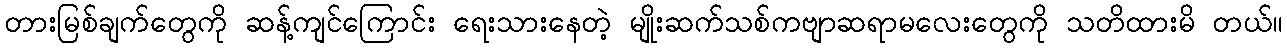
တားမြစ်ချက်တွေကို ဆန့်ကျင်ကြောင်း ရေးသားနေတဲ့ မျိုးဆက်သစ်ကဗျာဆရာမလေးတွေကို သတိထားမိ တယ်။